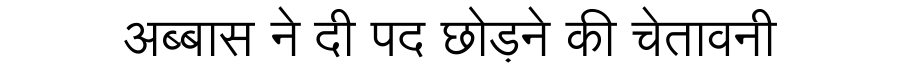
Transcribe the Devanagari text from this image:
अब्बास ने दी पद छोड़ने की चेतावनी